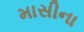
માસીના